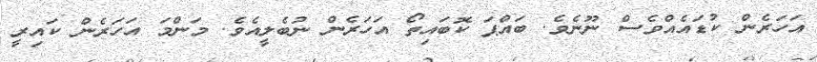
އަހަރެން ކުޑައެއްވެސް ނޫނެވެ. ބައްޕަ ކޮބައިތޯ އަހަރެން ނުބެލީއެވެ. މަންމަ އަހަރެން ކައިރީ